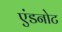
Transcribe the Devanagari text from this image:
एंडनोट